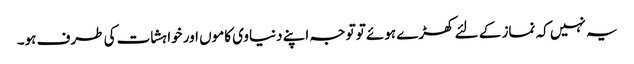
یہ نہیں کہ نماز کے لئے کھڑے ہوئے تو توجہ اپنے دنیاوی کاموں اور خواہشات کی طرف ہو۔